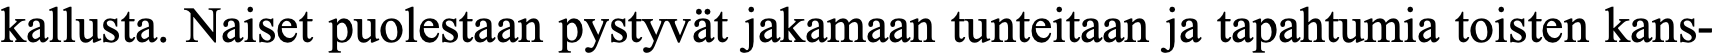
kallusta. Naiset puolestaan pystyvät jakamaan tunteitaan ja tapahtumia toisten kans-